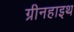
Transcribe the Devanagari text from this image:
ग्रीनहाइथ